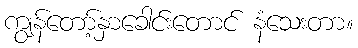
ကျွန်တော့်နှာခေါင်းတောင် နံသေးတာ။